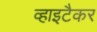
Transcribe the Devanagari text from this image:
व्हाइटैकर